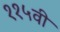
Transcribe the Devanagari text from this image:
११५वी